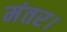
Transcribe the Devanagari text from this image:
मंतर।